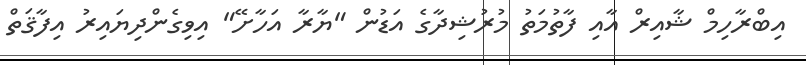
އިބްރާހިމް ޝާއިރް އާއި ފާތުމަތު މުރުޝިދާގެ އަޑުން "ޔާރާ އަހާށޭ" އިވިގެންދިޔައިރު އިފާޤަތް